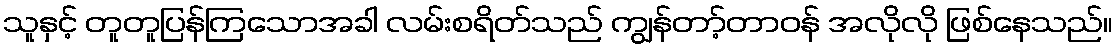
သူနှင့် တူတူပြန်ကြသောအခါ လမ်းစရိတ်သည် ကျွန်တာ့်တာဝန် အလိုလို ဖြစ်နေသည်။